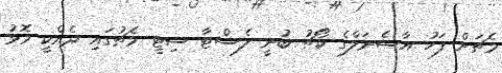
މެޗަށް ފަހު އާސެނަލްގެ ކޯޗު ބުނީ ލެސްޓާ ސިޓީ މެޗުގައި ދެއްކީ މޮޅު